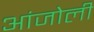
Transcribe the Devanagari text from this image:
आंजोली